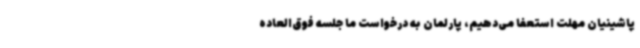
پاشینیان مهلت استعفا می‌دهیم، پارلمان به درخواست ما جلسه فوق‌العاده